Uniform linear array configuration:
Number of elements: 16
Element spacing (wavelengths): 0.75
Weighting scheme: kaiser
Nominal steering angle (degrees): -60
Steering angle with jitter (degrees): -60.627
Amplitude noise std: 0.05
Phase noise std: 0.05

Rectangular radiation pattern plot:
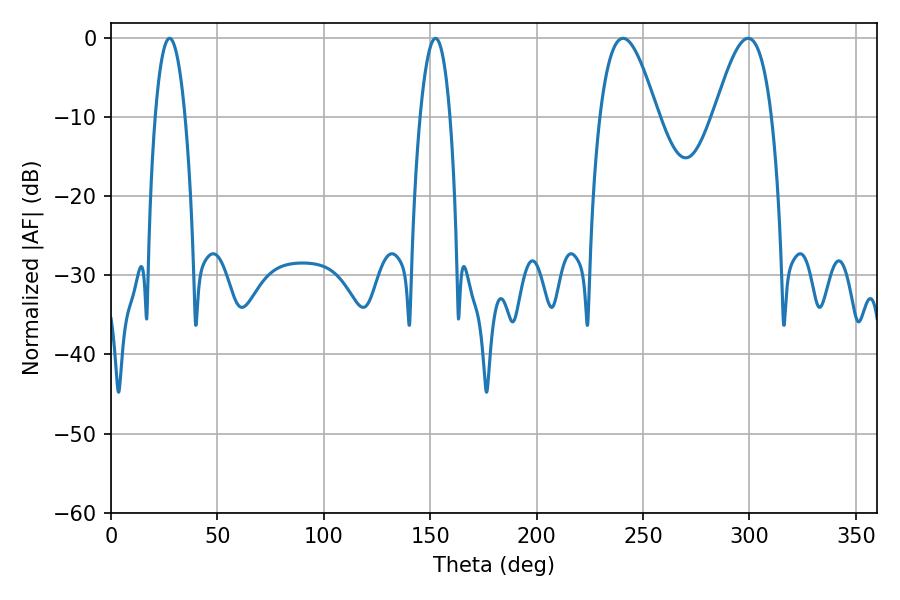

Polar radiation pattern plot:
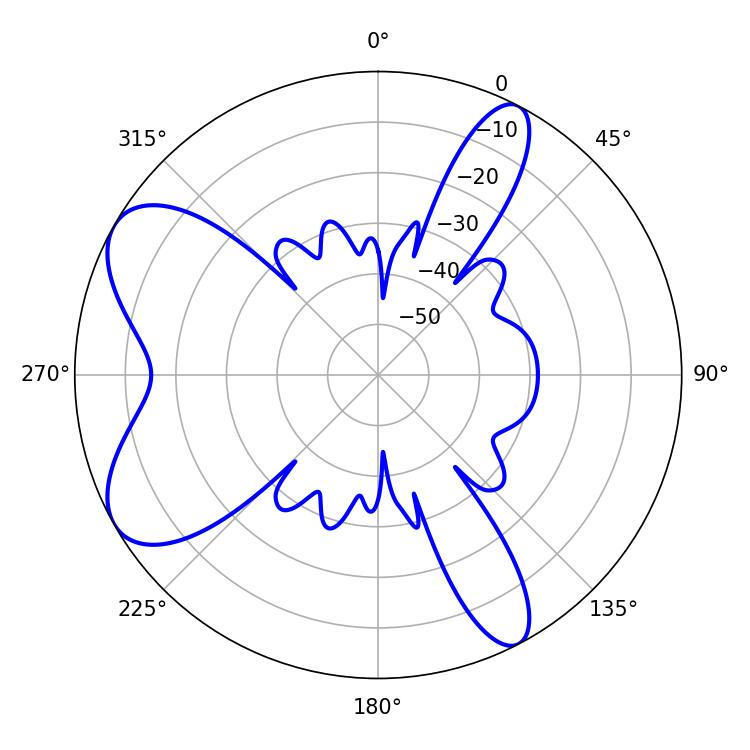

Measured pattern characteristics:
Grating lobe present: TRUE
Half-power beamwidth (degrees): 7.74
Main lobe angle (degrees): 27.54